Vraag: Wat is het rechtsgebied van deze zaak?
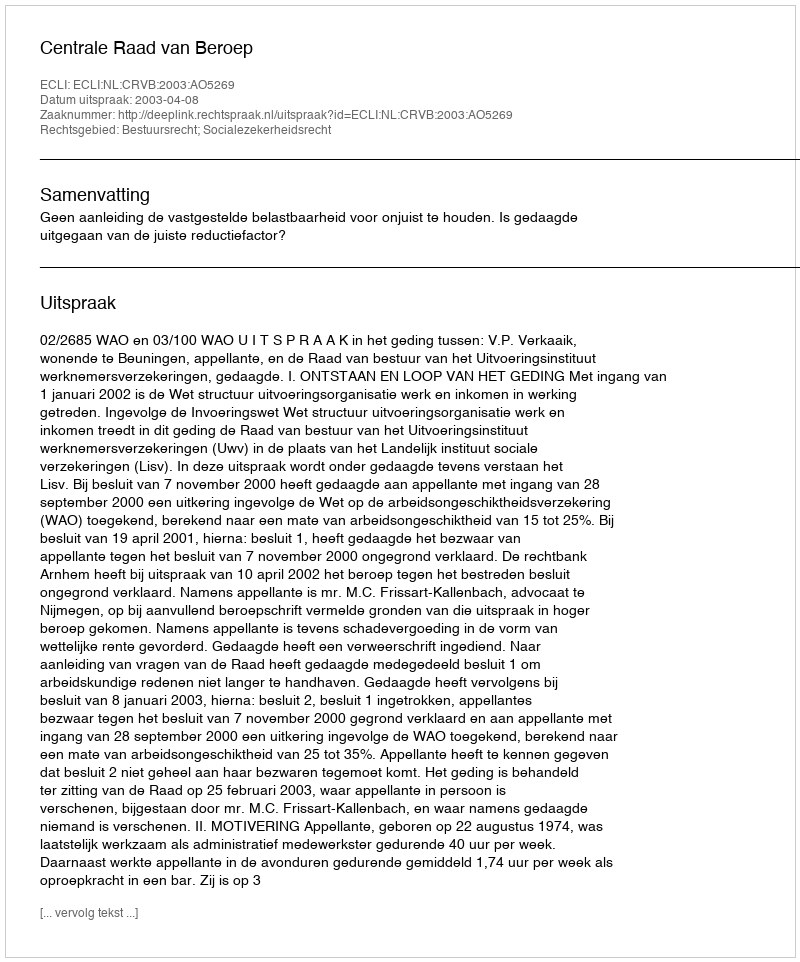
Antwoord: Bestuursrecht; Socialezekerheidsrecht